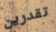
تقدرين